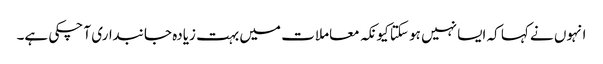
انہوں نے کہا کہ ایسا نہیں ہو سکتا کیونکہ معاملات میں بہت زیادہ جانبداری آ چکی ہے۔